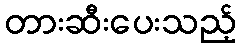
တားဆီးပေးသည့်